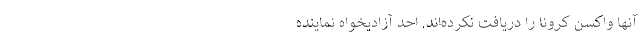
آنها واکسن کرونا را‌‌‌‌‌‌‌‌ دریافت نکرده‌اند. احد آزادیخواه نماینده